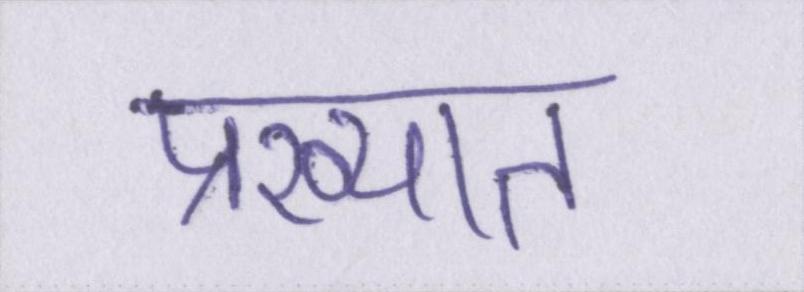
प्रख्यात